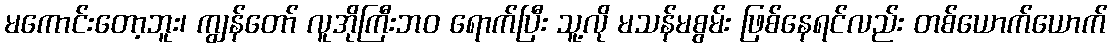
မကောင်းတော့ဘူး၊ ကျွန်တော် လူအိုကြီးဘဝ ရောက်ပြီး သူ့လို မသန်မစွမ်း ဖြစ်နေရင်လည်း တစ်ယောက်ယောက်